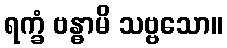
ရက္ခံ ဗန္ဓာမိ သဗ္ဗသော။